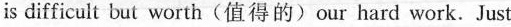
is difficult but worth(值得的)our hard work. Just